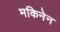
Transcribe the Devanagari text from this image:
मकिनेन